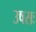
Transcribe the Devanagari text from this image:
उषसः